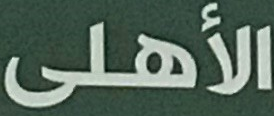
الأهلى